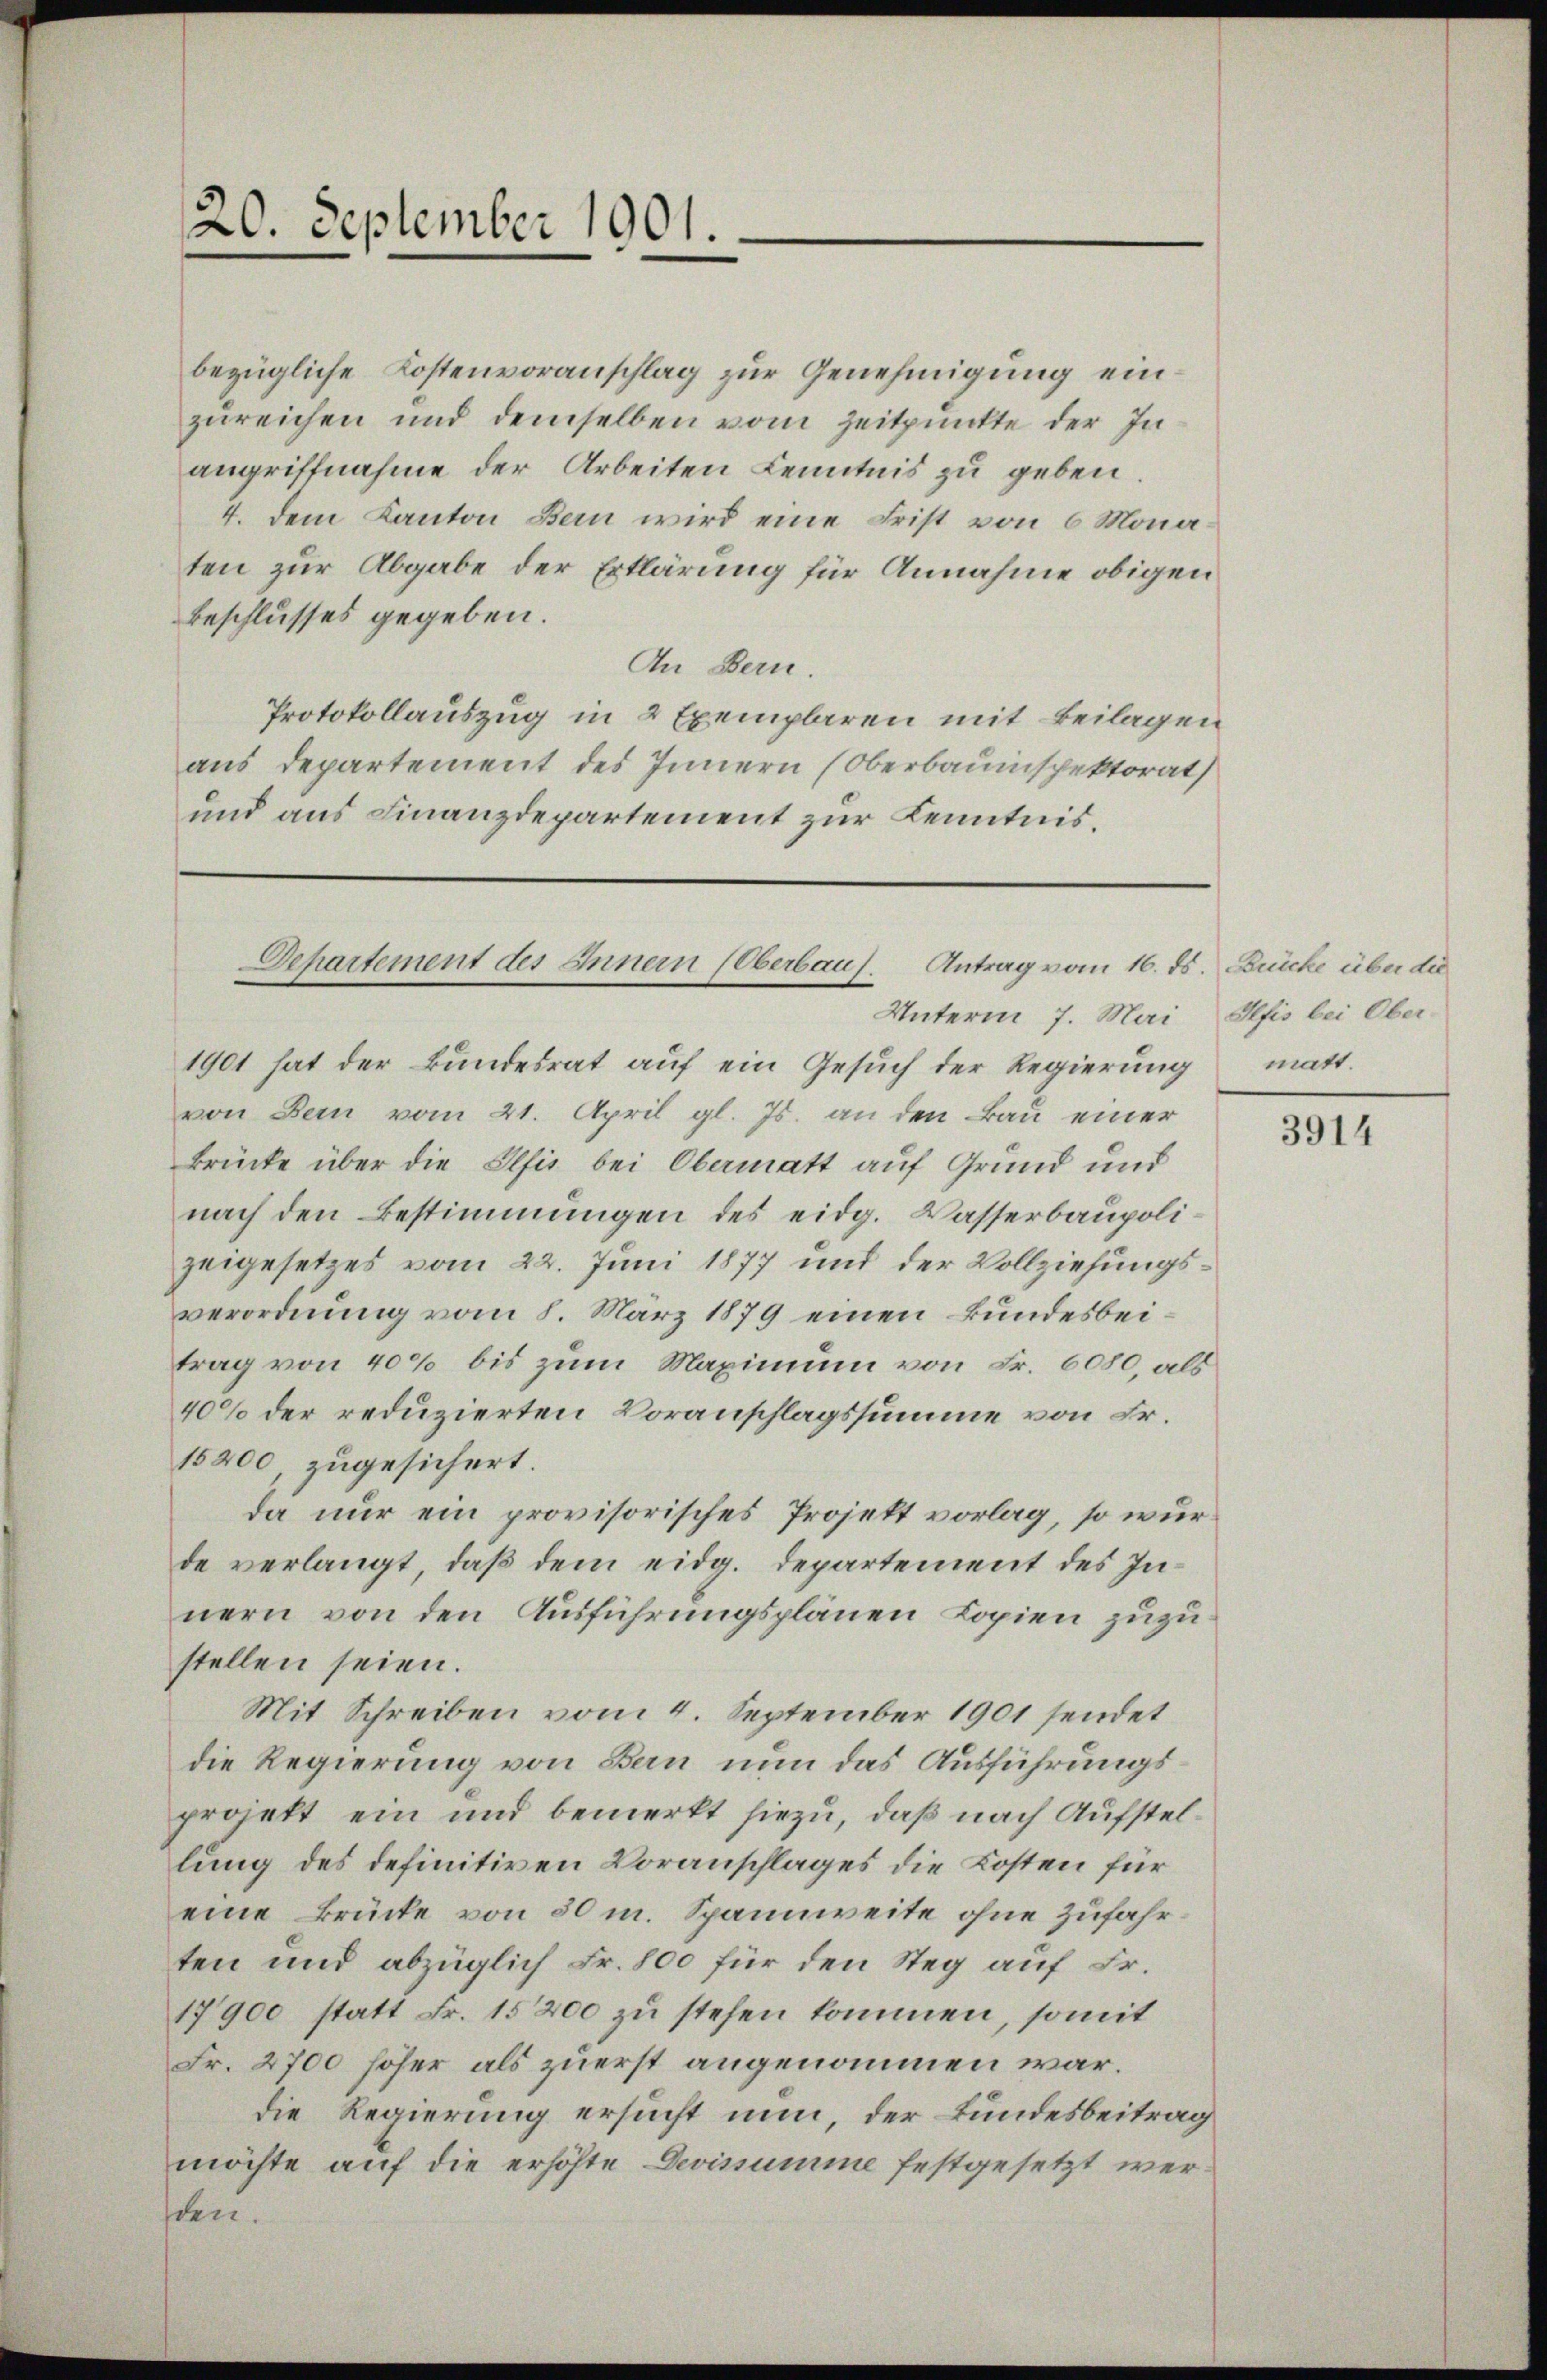
20. September 1901.

bezügliche Kostenvoranschlag zur Genehmigung einzureichen und demselben vom Zeitpunkte der Inangriffnahme der Arbeiten Kenntnis zu geben.
4. dem Kanton Bern wird eine Frist von 6 Monaten zur Abgabe der Erklärung für Annahme obigen
Beschlusses gegeben.
An Bern.
Protokollauszug in 2 Exemplaren mit Beilagen
aus Departement des Innern (Oberbauinspektorat
und aus Finanzdepartement zur Kenntnis.

Departement des Innern (Oberbau. Antrag vom 16. ds. Rücke über die
Unterm 7. Mai, Pfis bei Ober

1901 hat der Bundesrat auf ein Gesuch der Regierung
von Bern vom 21. April gl. Js. an den Bau einer
Brücke über die Elfis bei Obermatt auf Grund und
nach den Bestimmungen des eidg. Wasserbaupolizeigesetzes vom 22. Juni 1877 und der Vollziehungsverordnung vom 8. März 1879 einen Bundesbeitrag von 40% bis zum Maximum von Fr. 6080, als
40% der reduzierten Voranschlagssumme von Fr.
15200, zugesichert.
da nur ein provisorisches Projekt vorlag, so wurde verlangt, daß dem eidg. Departement des Innern von den Ausführungsplänen Kopien zuzustellen seien.
Mit Schreiben vom 4. September 1901 sendet
die Regierung von Bern nun das Ausführungsprojekt ein und bemerkt hiezu, daß nach Aufstellung des definitiven Voranschlages die Kosten für
eine Brücke von 30 m. Spannweite ohne zufahrten und abzüglich Fr. 800 für den Steg auf Fr.
17900 statt Fr. 15200 zu stehen kommen, somit
Fr. 2700 höher als zuerst angenommen war.
die Regierung ersucht nun, der Bundesbeitrag
möchte auf die erhöhte Devissumme festgesetzt werden.

matt.

3914